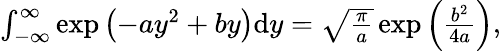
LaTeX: \begin{array}{r}{\int_{-\infty}^{\infty}\exp\left(-ay^{2}+by\right)\mathrm{d}y=\sqrt{\frac{\pi}{a}}\exp\left(\frac{b^{2}}{4a}\right),}\end{array}